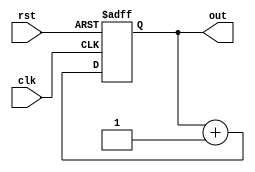
module for_loop_example (
  input clk,       // Clock input
  input rst,       // Reset input
  output reg [3:0] out   // Output signal
);

  reg [3:0] i;  // Counter for loop iterations

  always @(posedge clk or posedge rst) begin
    if (rst) begin
      i <= 0;  // Reset counter
      out <= 0;  // Reset output signal
    end else begin
      for (i = 0; i < 8; i = i + 1) begin // For loop with 8 iterations
        out <= out + 1;  // Increment output signal by 1 for each iteration
      end
    end
  end

endmodule